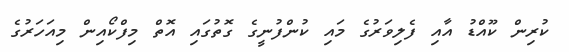
ކުރިން ކޫއްޑު އާއި ފެލިވަރުގެ މައި ކުންފުނީގެ ގޮތުގައި އޮތް މިފްކޯއިން މިއަހަރުގެ